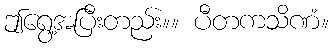
ဤရွေ့အပြီးတည်း။။ ပီတကသိဏံ။